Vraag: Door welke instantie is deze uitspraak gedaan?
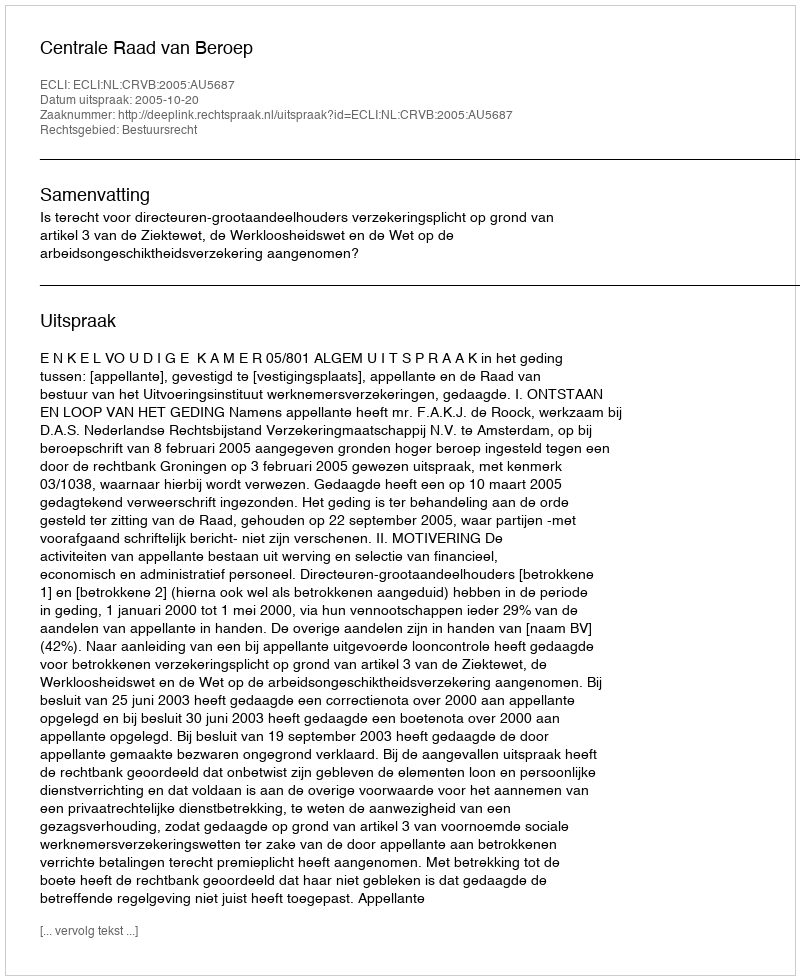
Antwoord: Centrale Raad van Beroep